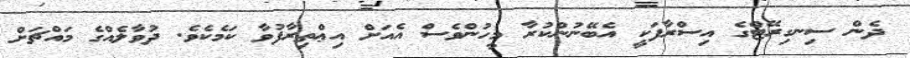
ދެން ސިނގިރޭޓްގެެ އިސްރާފަކީ އެބޭނުންކުރާ މީހުންވެސް އެއަށް އިޢްތިރާފުވާ ކަމެކެވެ. ދުވާލެއްގެ މައްޗަށް